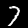
Digit: 7